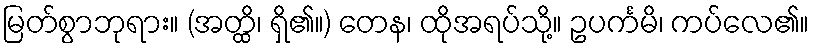
မြတ်စွာဘုရား။ (အတ္ထိ၊ ရှိ၏။) တေန၊ ထိုအရပ်သို့။ ဥပင်္ကမိ၊ ကပ်လေ၏။